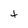
Character: t